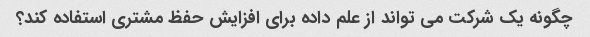
چگونه یک شرکت می تواند از علم داده برای افزایش حفظ مشتری استفاده کند؟